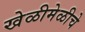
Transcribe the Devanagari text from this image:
खेळीमेळीचे